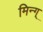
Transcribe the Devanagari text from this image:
मिन्ग्